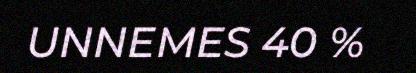
UNNEMES 40 %